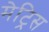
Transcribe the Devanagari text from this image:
मेट्रिस